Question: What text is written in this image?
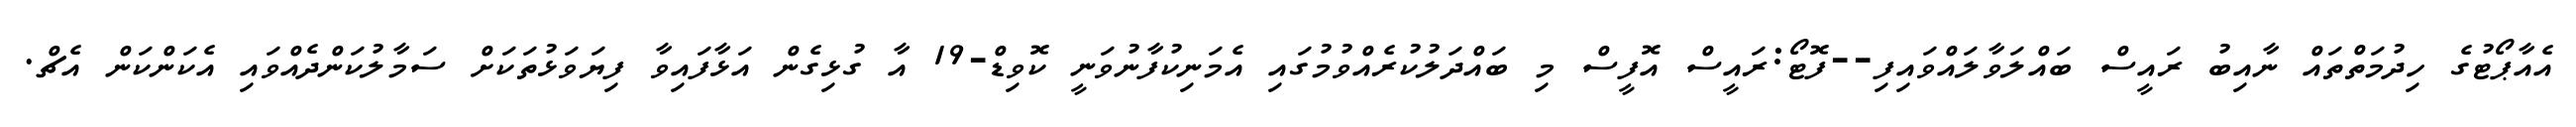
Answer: އެއާޕޯޓުގެ ހިދުމަތްތައް ނާއިބު ރައީސް ބައްލަވާލައްވައިފި--ފޮޓޯ:ރައީސް އޮފީސް މި ބައްދަލުކުރެއްވުމުގައި އެމަނިކުފާނުވަނީ ކޮވިޑް-19 އާ ގުޅިގެން އަޅާފައިވާ ފިޔަވަޅުތަކަށް ސަމާލުކަންދެއްވައި އެކަންކަން އެޗް.